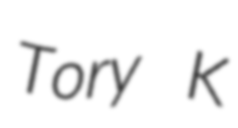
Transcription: Tory K